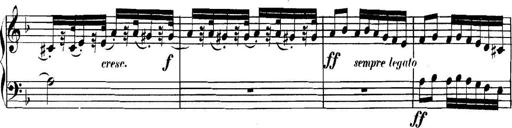
Title: Collected Piano Sonatas
Composer: Muzio Clementi